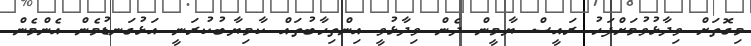
މިގޮތަށް ވިދާޅުވުމަށްފަހު ރައީސް ޔާމީން ދެން ވިދާޅުވީ އިންތިހާބުތައް ކާމިޔާބުކުރަނީ އަޅުގަނޑުމެން އެންމެން